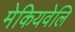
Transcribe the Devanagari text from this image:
मेकियवेलि